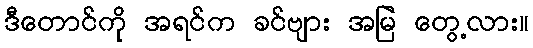
ဒီတောင်ကို အရင်က ခင်ဗျား အမြဲ တွေ့လား။